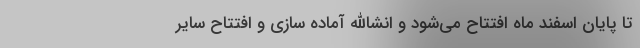
تا پایان اسفند ماه افتتاح می‌شود و انشاالله آماده سازی و افتتاح سایر